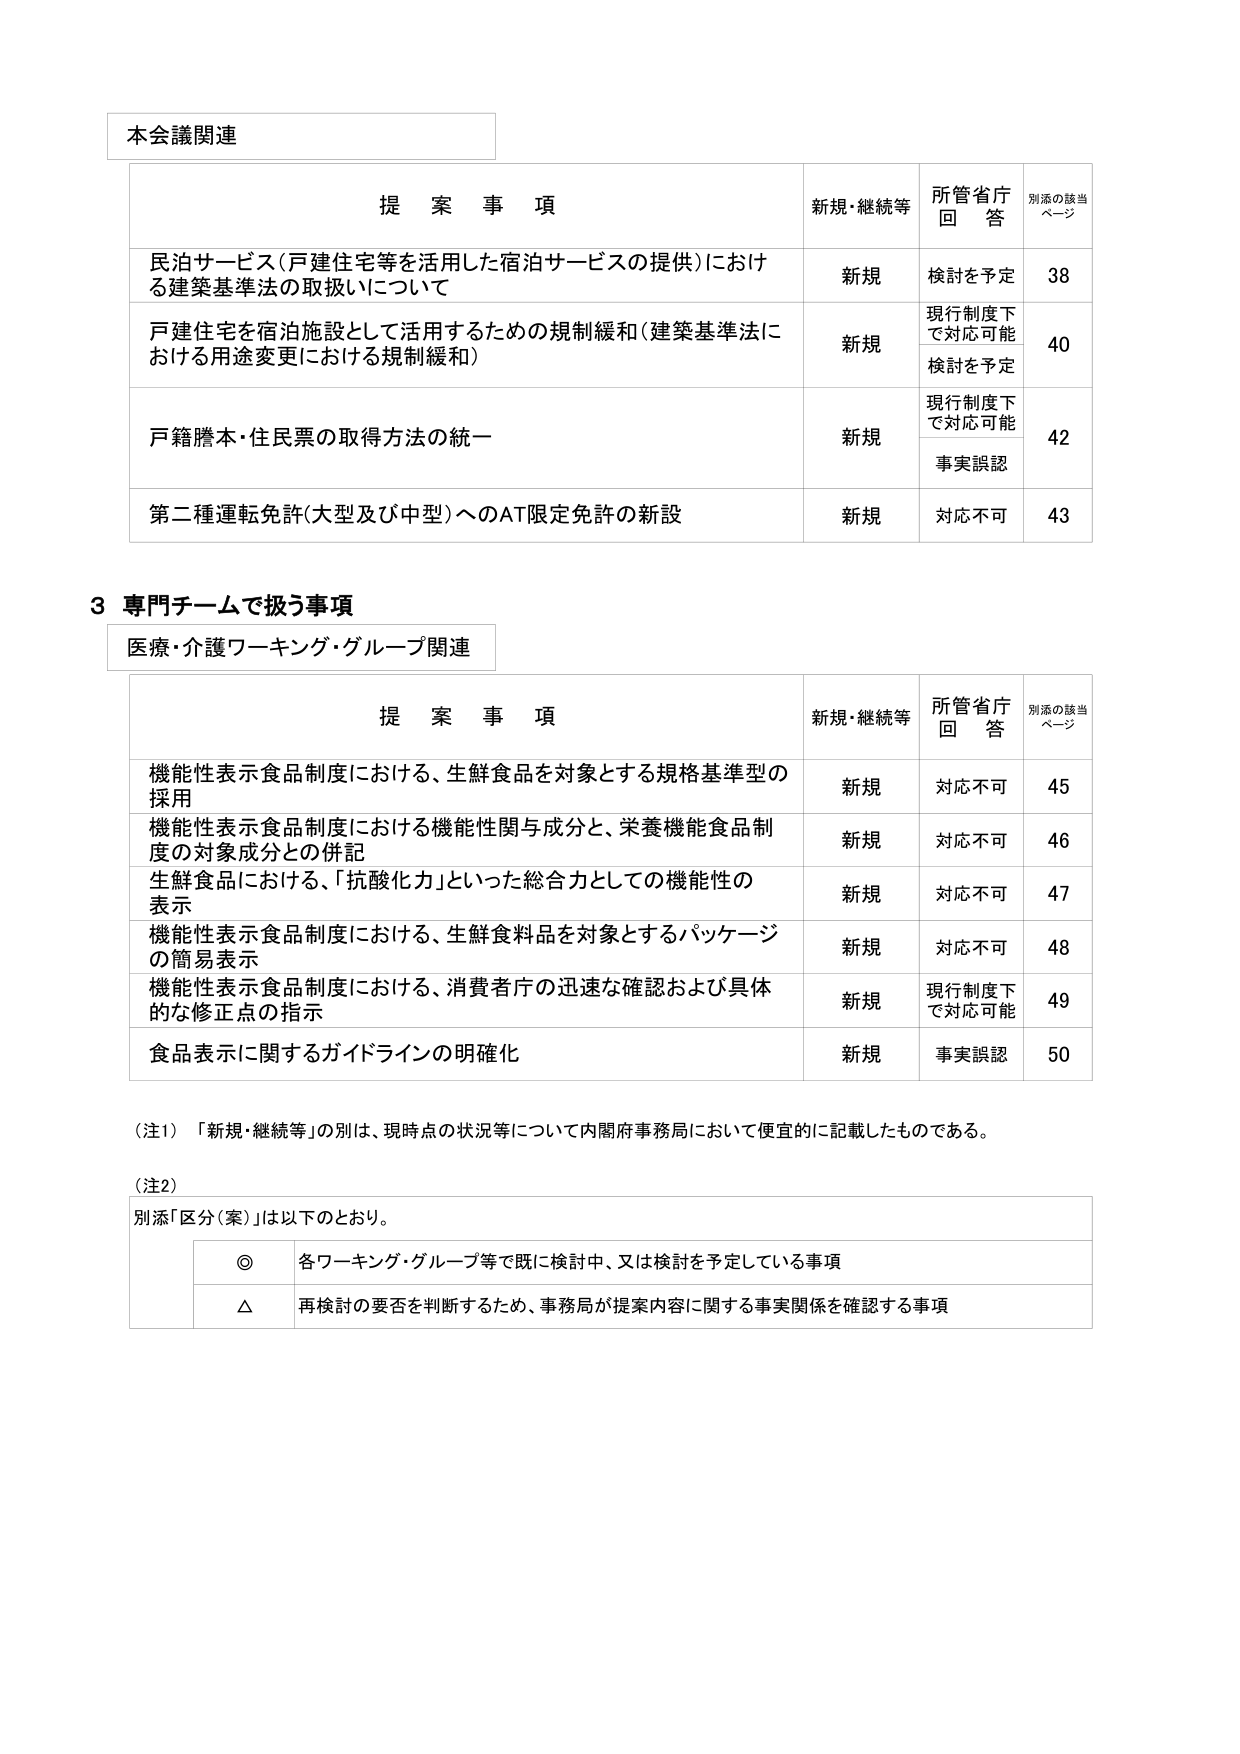
本会議関連

提案事項 新規・継続等 所管省庁回答 別添の該当ページ
民泊サービス（戸建住宅等を活用した宿泊サービスの提供）における建築基準法の取扱いについて 新規 検討を予定 38
戸建住宅を宿泊施設として活用するための規制緩和（建築基準法における用途変更における規制緩和） 新規 現行制度下で対応可能 検討を予定 40
戸籍謄本・住民票の取得方法の統一 新規 現行制度下で対応可能 事実誤認 42
第二種運転免許（大型及び中型）へのAT限定免許の新設 新規 対応不可 43

3 専門チームで扱う事項
医療・介護ワーキング・グループ関連

提案事項 新規・継続等 所管省庁回答 別添の該当ページ
機能性表示食品制度における、生鮮食品を対象とする規格基準型の採用 新規 対応不可 45
機能性表示食品制度における機能性関与成分と、栄養機能食品制度の対象成分との併記 新規 対応不可 46
生鮮食品における、「抗酸化力」といった総合力としての機能性の表示 新規 対応不可 47
機能性表示食品制度における、生鮮食料品を対象とするパッケージの簡易表示 新規 対応不可 48
機能性表示食品制度における、消費者庁の迅速な確認および具体的な修正点の指示 新規 現行制度下で対応可能 49
食品表示に関するガイドラインの明確化 新規 事実誤認 50

（注1）「新規・継続等」の別は、現時点の状況等について内閣府事務局において便宜的に記載したものである。

（注2）
別添「区分（案）」は以下のとおり。

◎ 各ワーキング・グループ等で既に検討中、又は検討を予定している事項
△ 再検討の要否を判断するため、事務局が提案内容に関する事実関係を確認する事項